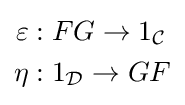
{\begin{aligned}\varepsilon &:FG\to 1_{\mathcal {C}}\\\eta &:1_{\mathcal {D}}\to GF\end{aligned}}